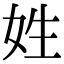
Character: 姓